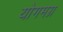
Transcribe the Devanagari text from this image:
योगमग्न